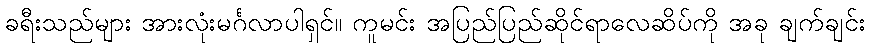
ခရီးသည်များ အားလုံးမင်္ဂလာပါရှင်။ ကူမင်း အပြည်ပြည်ဆိုင်ရာလေဆိပ်ကို အခု ချက်ချင်း